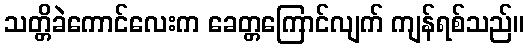
သတ္တိခဲကောင်လေးက ခေတ္တကြောင်လျက် ကျန်ရစ်သည်။